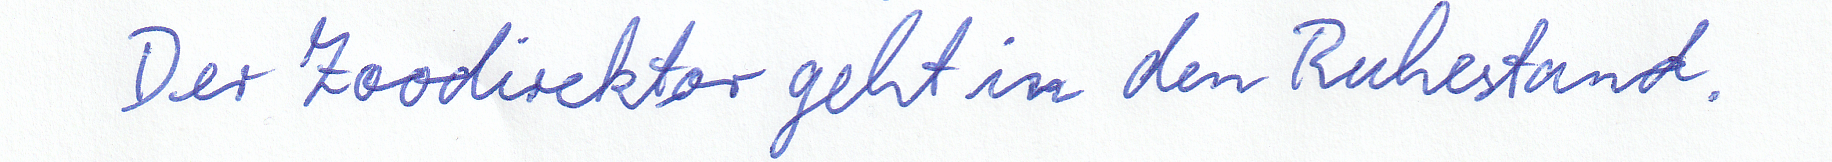
Der Zoodirektor geht in den Ruhestand.